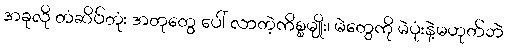
အခုလို တံဆိပ်တုံး အတုတွေ ပေါ် လာတဲ့ကိစ္စမျိုး၊ မဲတွေကို မဲပုံးနဲ့မဟုတ်ဘဲ